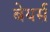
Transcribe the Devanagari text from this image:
बेयर्स